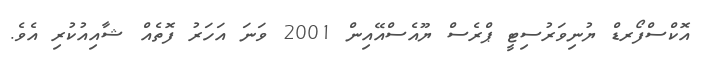
އޮކްސްފޯރޑް ޔުނިވަރުސިޓީ ޕްރެސް ޔޫއެސްއޭއިން 2001 ވަނަ އަހަރު ފޮތެއް ޝާއިއުކުރި އެވެ.